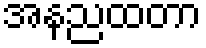
အနညထတာ